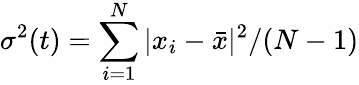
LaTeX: \sigma^{2}(t)=\sum_{i=1}^{N}\vert x_{i}-\bar{x}\vert^{2}/(N-1)